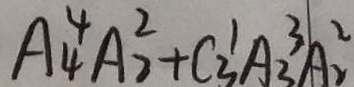
A _ { 4 } ^ { 4 } A _ { 2 } ^ { 2 } + C _ { 3 } ^ { 1 } A _ { 3 } ^ { 3 } A _ { 2 } ^ { 2 }